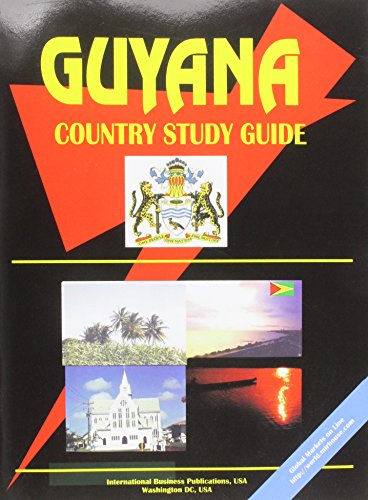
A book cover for Guyana Country Study Guide; Ibp Usa; Travel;